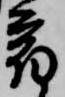
宿